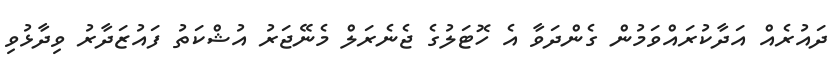
ދައުރެއް އަދާކުރައްވަމުން ގެންދަވާ އެ ހޮޓަލުގެ ޖެނެރަލް މެނޭޖަރު އުޝްކަތު ފައުޒަދާރު ވިދާޅުވި